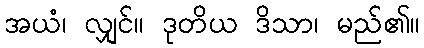
အယံ၊ လျှင်။ ဒုတိယ ဒိသာ၊ မည်၏။